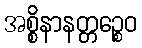
အစ္စိနာနတ္တဉ္စေဝ